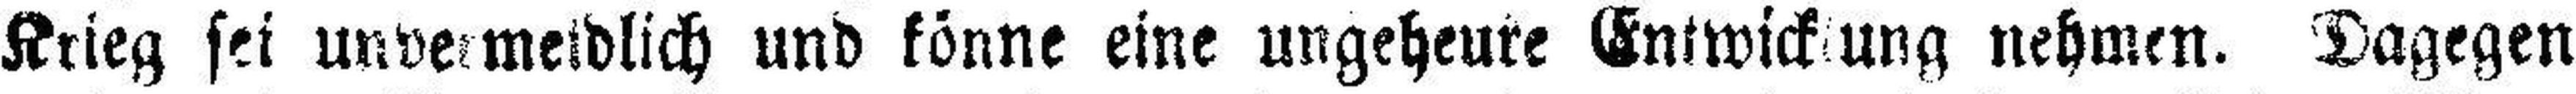
Krieg sei unvermeidlich und könne eine ungeheure Entwicklung nehmen. Dagegen